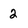
Character: 2